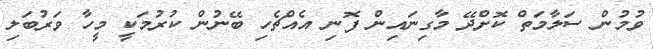
ވުމުން ސަލާމަތް ކޮށްދޭ މާގިނައިން ފޮނި އެއްޗެހި ބޭނުން ކުރުމަކީ މީހާ ވަރުބަލި